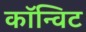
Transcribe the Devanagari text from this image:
कॉन्विट